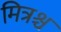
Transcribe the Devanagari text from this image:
मित्रश्च